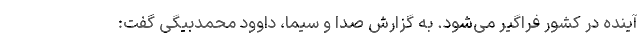
آینده در کشور فراگیر می‌شود. به گزارش صدا و سیما، داوود محمدبیگی گفت: